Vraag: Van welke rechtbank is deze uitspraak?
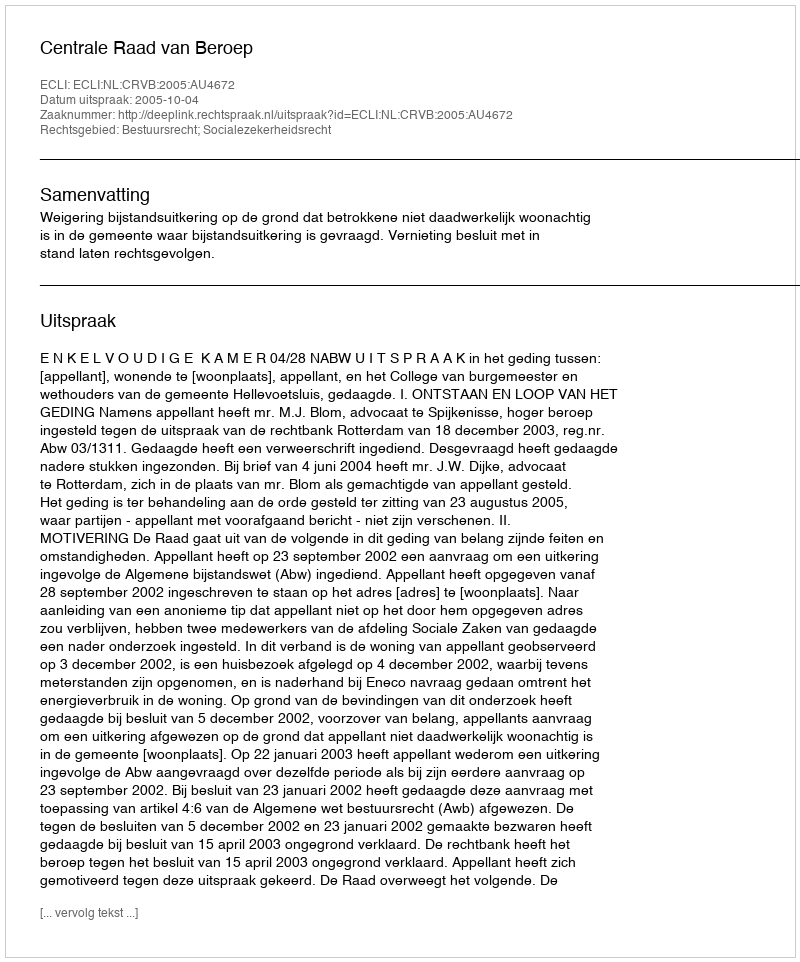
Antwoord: Centrale Raad van Beroep